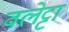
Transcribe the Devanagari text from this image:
वलेट्टा